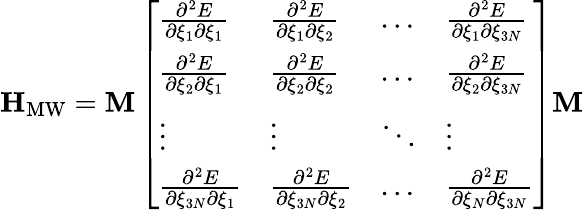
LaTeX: \mathbf{H}_{\mathrm{MW}}=\mathbf{M}\left[\begin{array}{llll}{\frac{\partial^{2}E}{\partial\xi_{1}\partial\xi_{1}}}&{\frac{\partial^{2}E}{\partial\xi_{1}\partial\xi_{2}}}&{\ldots}&{\frac{\partial^{2}E}{\partial\xi_{1}\partial\xi_{3N}}}\\ {\frac{\partial^{2}E}{\partial\xi_{2}\partial\xi_{1}}}&{\frac{\partial^{2}E}{\partial\xi_{2}\partial\xi_{2}}}&{\ldots}&{\frac{\partial^{2}E}{\partial\xi_{2}\partial\xi_{3N}}}\\ {\vdots}&{\vdots}&{\ddots}&{\vdots}\\ {\frac{\partial^{2}E}{\partial\xi_{3N}\partial\xi_{1}}}&{\frac{\partial^{2}E}{\partial\xi_{3N}\partial\xi_{2}}}&{\ldots}&{\frac{\partial^{2}E}{\partial\xi_{N}\partial\xi_{3N}}}\end{array}\right]\mathbf{M}